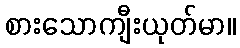
စားသောကျီးယုတ်မာ။